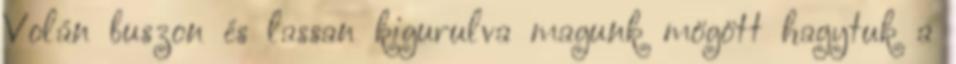
Volán buszon és lassan kigurulva magunk mögött hagytuk a